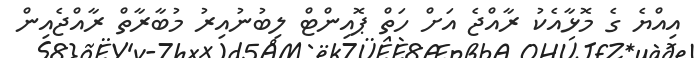
އިއްޔެ ގެ މޮޅާއެކު ރާއްޖެ އަށް ހަތް ޕޮއިންޓް ލިބުނުއިރު މުބާރާތް ރާއްޖެއިން